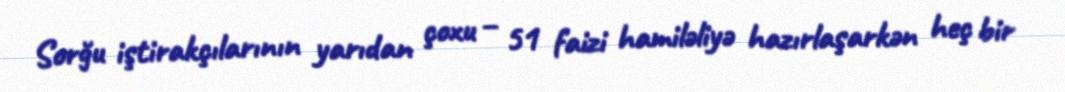
Sorğu iştirakçılarının yarıdan çoxu – 51 faizi hamiləliyə hazırlaşarkən heç bir